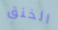
الخنق